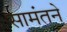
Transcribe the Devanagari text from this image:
सामंतने